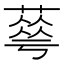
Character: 䔢